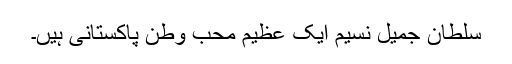
سلطان جمیل نسیم ایک عظیم محب وطن پاکستانی ہیں۔